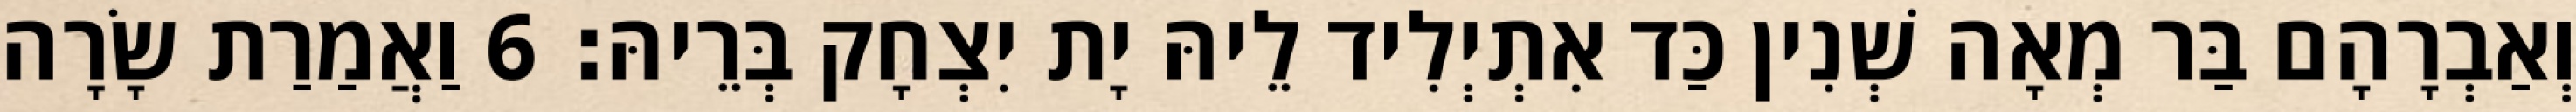
וְאַבְרָהָם בַּר מְאָה שְׁנִין כַּד אִתְיְלִיד לֵיהּ יָת יִצְחָק בְּרֵיהּ׃ 6 וַאֲמַרַת שָׂרָה